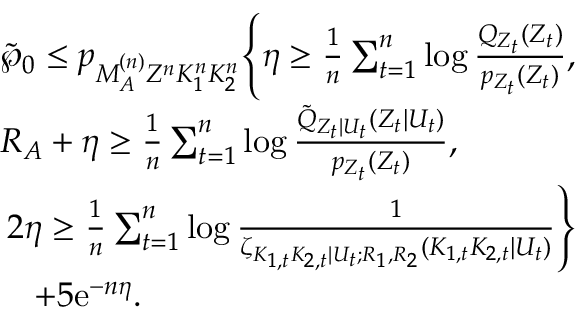
\begin{array} { r l } & { \tilde { \wp } _ { 0 } \leq p _ { M _ { \cal A } ^ { ( n ) } Z ^ { n } K _ { 1 } ^ { n } K _ { 2 } ^ { n } } \Biggl \{ \eta \geq \frac { 1 } { n } \sum _ { t = 1 } ^ { n } \log \frac { Q _ { { Z } _ { t } } ( Z _ { t } ) } { p _ { Z _ { t } } ( Z _ { t } ) } , } \\ & { R _ { \cal A } + \eta \geq \frac { 1 } { n } \sum _ { t = 1 } ^ { n } \log \frac { \tilde { Q } _ { Z _ { t } | U _ { t } } ( Z _ { t } | U _ { t } ) } { p _ { Z _ { t } } ( Z _ { t } ) } , } \\ & { \: 2 \eta \geq \frac { 1 } { n } \sum _ { t = 1 } ^ { n } \log \frac { 1 } { \zeta _ { K _ { 1 , t } K _ { 2 , t } | U _ { t } ; R _ { 1 } , R _ { 2 } } ( K _ { 1 , t } K _ { 2 , t } | U _ { t } ) } \Biggr \} } \\ & { \quad + 5 \mathrm { e } ^ { - n \eta } . } \end{array}